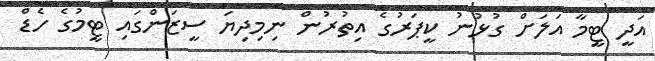
އަދީ ޓީމާ އަލަށް ގުޅުނު ކީޕަރުގެ އިތުރުން ނިމިދިޔަ ސީޒަންގައި ޓީމުގެ ހެޑް